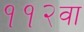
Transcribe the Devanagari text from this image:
११२वा